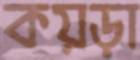
কয়ড়া